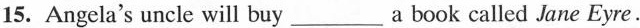
15.Angela's uncle will buy___a book called Jane Eyre.